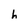
Character: h